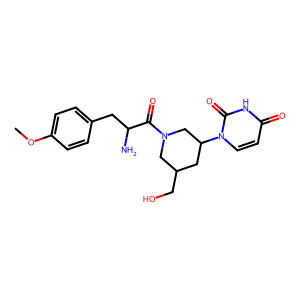
SMILES: COc1ccc(CC(N)C(=O)N2CC(CO)CC(n3ccc(=O)[nH]c3=O)C2)cc1
Inhibits HIV replication: No